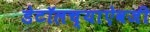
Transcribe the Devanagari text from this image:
डेटॉलच्याऐवजी